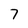
Character: 7